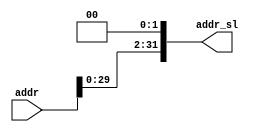
module SL2Unit(addr,addr_sl);
  input[31:0] addr;
  output[31:0] addr_sl;
  
  assign addr_sl={addr[29:0],2'b00};
endmodule